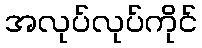
အလုပ်လုပ်ကိုင်